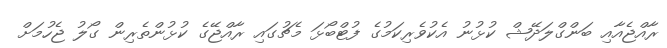
ރާއްޖެއާއި ބަންގްލަދޭޝް ކުޅުނު އެކުވެރިކަމުގެ ފުޓްބޯޅަ މެޗުގައި ރާއްޖޭގެ ކުޅުންތެރިން ގޯލު ޖެހުމަށް